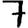
Digit: 7